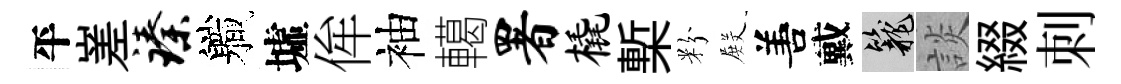
平嵳臻軄墟侔袖轕署橇槧粉𭮺𠵊戴籠談綴刺